Papers set at the Examination for Leaving Certificates, 1889
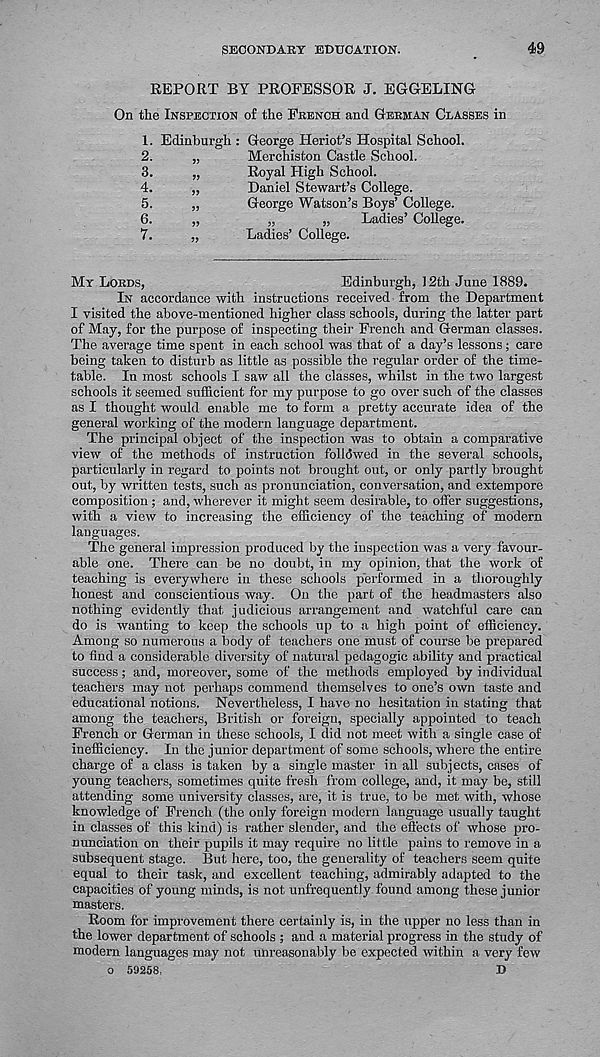
SECONDARY EDUCATION.
49
REPORT BY PROFESSOR J. EGGELING
On the Inspection of the French and German Classes in
1. Edinburgh : George Heriot’s Hospital School.
2.
3.
4.
5.
6.
7.
Merchiston Castle School.
Royal High School.
Daniel Stewart’s College.
George Watson’s Boys’ College.
„
„
Ladies’ College.
Ladies’ College.
My Lords,
Edinburgh, 12th June 1889.
In accordance with instructions received from the Department
I visited the above-mentioned higher class schools, during the latter part
of May, for the purpose of inspecting their French and German classes.
The average time spent in each school was that of a day’s lessons; care
being taken to disturb as little as possible the regular order of the time-
table. In most schools I saw all the classes, whilst in the two largest
schools it seemed sufficient for my purpose to go over such of the classes
as I thought would enable me to form a pretty accurate idea of the
general working of the modern language department.
The principal object of the inspection was to obtain a comparative
view of the methods of instruction folldwed in the several schools,
particularly in regard to points not brought out, or only partly brought
out, by written tests, such as pronunciation, conversation, and extempore
composition; and, wherever it might seem desirable, to offer suggestions,
with a view to increasing the efficiency of the teaching of modern
languages.
The general impression produced by the inspection was a very favour-
able one. There can be no doubt, in my opinion, that the work of
teaching is everywhere in these schools performed in a thoroughly
honest and conscientious way. On the part of the headmasters also
nothing evidently that judicious arrangement and watchful care can
do is wanting to keep the schools up to a high point of efficiency.
Among so numerous a body of teachers one must of course be prepared
to find a considerable diversity of natural pedagogic ability and practical
success; and, moreover, some of the methods employed by individual
teachers may not perhaps commend themselves to one’s own taste and
educational notions. Nevertheless, I have no hesitation in stating that
among the teachers, British or foreign, specially appointed to teach
French or German in these schools, I did not meet with a single case of
inefficiency. In the junior department of some schools, where the entire
charge of a class is taken by a single master in all subjects, cases of
young teachers, sometimes quite fresh from college, and, it may be, still
attending some university classes, are, it is true, to be met with, whose
knowledge of French (the only foreign modern language usually taught
in classes of this kind) is rather slender, and the effects of whose pro-
nunciation on their pupils it may require no little pains to remove in a
subsequent stage. But here, too, the generality of teachers seem quite
equal to their task, and excellent teaching, admirably adapted to the
capacities of young minds, is not unfrequently found among these junior
masters.
Room for improvement there certainly is, in the upper no less than in
the lower department of schools ; and a material progress in the study of
modern languages may not unreasonably be expected within a very few
o 59258,
D